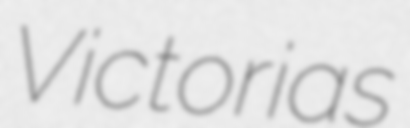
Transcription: Victorias